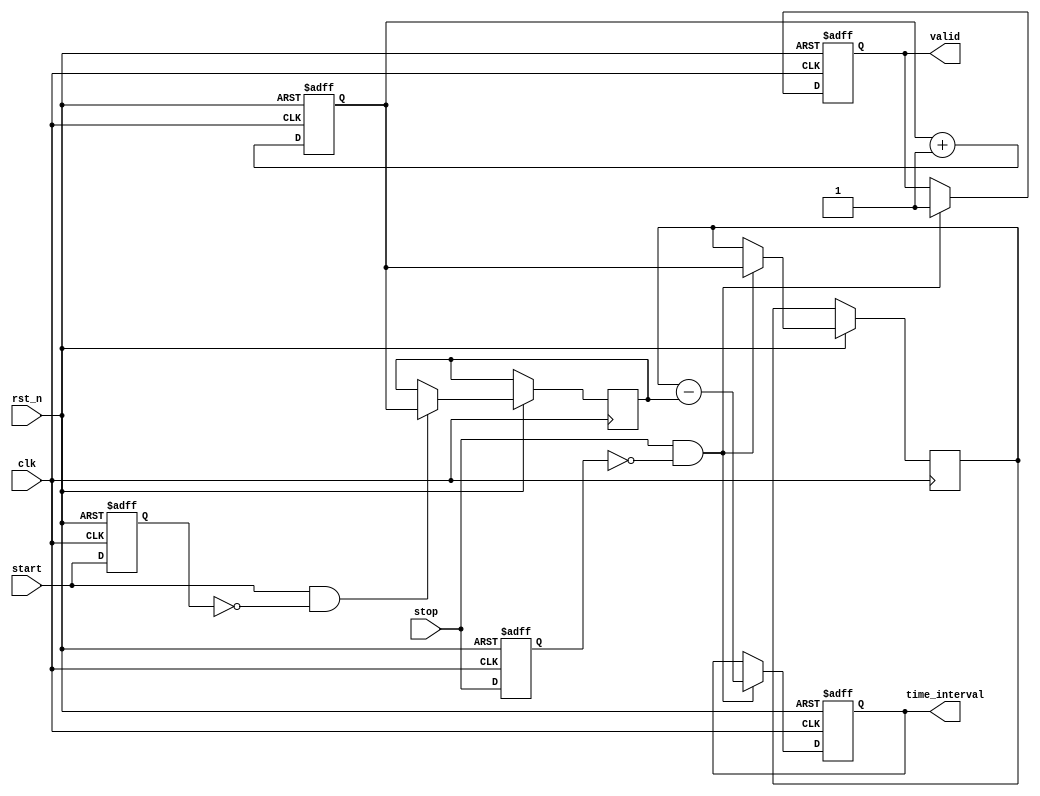
module TDC (
    input wire clk,               // High-frequency clock signal
    input wire rst_n,             // Active low reset signal
    input wire start,             // Start event signal
    input wire stop,              // Stop event signal
    output reg [15:0] time_interval, // Output time interval (16-bit)
    output reg valid              // Output valid signal for processed data
);

    // Parameters
    parameter COUNTER_WIDTH = 16; // Width of the time counter (16 bits)
    parameter MEMORY_DEPTH = 8;    // Depth of the memory block for storing time intervals

    // Counter to measure time intervals
    reg [COUNTER_WIDTH-1:0] counter; // Time counter
    reg [COUNTER_WIDTH-1:0] start_time; // Start time capture
    reg [COUNTER_WIDTH-1:0] stop_time;  // Stop time capture
    reg [COUNTER_WIDTH-1:0] memory [0:MEMORY_DEPTH-1]; // Memory block to store time intervals
    reg [2:0] mem_index; // Memory index for storing intervals

    // Initialize the memory index and counter
    initial begin
        mem_index = 0;
        counter = 0;
        valid = 0;
    end

    // Edge detection for start and stop signals
    reg start_prev, stop_prev;
    
    always @(posedge clk or negedge rst_n) begin
        if (!rst_n) begin
            start_prev <= 0;
            stop_prev <= 0;
            counter <= 0;
            time_interval <= 0;
            valid <= 0;
            mem_index <= 0;
        end else begin
            // Increment the counter on each clock cycle
            counter <= counter + 1;

            // Detect rising edge for start signal
            if (start && !start_prev) begin
                start_time <= counter; // Capture start time
            end
            
            // Detect rising edge for stop signal
            if (stop && !stop_prev) begin
                stop_time <= counter; // Capture stop time
                time_interval <= stop_time - start_time; // Calculate time interval
                valid <= 1; // Set valid signal
                // Store time interval in memory if there's space
                if (mem_index < MEMORY_DEPTH) begin
                    memory[mem_index] <= time_interval;
                    mem_index <= mem_index + 1; // Increment memory index
                end
            end

            // Update previous signals
            start_prev <= start;
            stop_prev <= stop;
        end
    end

endmodule